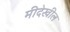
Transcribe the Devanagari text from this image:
मीदेखील